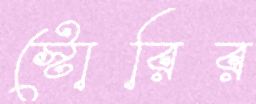
স্টোরির